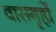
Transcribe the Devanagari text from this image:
वासगृहों